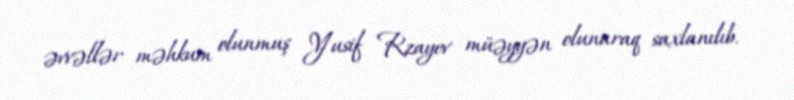
əvvəllər məhkum olunmuş Yusif Rzayev müəyyən olunaraq saxlanılıb.